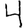
Digit: 4